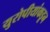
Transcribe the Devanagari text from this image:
युरोपीयांकडून